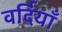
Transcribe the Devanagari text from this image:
वर्दियाँ